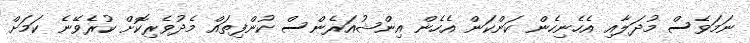
ނަމަވެސް މުދަލާއި އެހެނިހެން ކަންކަން އެހެން އިންޝުއަރެންސް ކުންފިތައް މެދުވެރިކޮށް ކުރެވޭނެ ކަމަށް